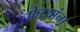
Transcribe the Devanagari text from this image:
फेट्यांना